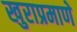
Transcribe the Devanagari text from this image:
खुराप्रमाणे